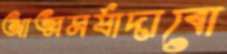
আত্মমর্যাদাবো